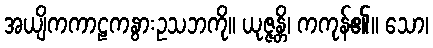
အယျိကကာဠကနွားဥသဘကို။ ယုဇ္ဇန္တိ၊ ကကုန်၏။ သော၊